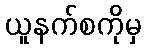
ယူနက်စကိုမှ